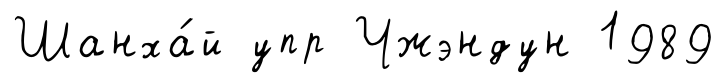
Шанха́й упр Чжэндун 1989